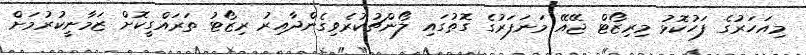
މިއަހަރުގެ ފަހުކޮޅު މިރިޒޯޓް ޖޭއޭ މަނަފަރުގެ ގޮތުގައި ލޯންޗުކުރެވިގެންދާއިރު ރިޒޯޓު ތަރައްގީކޮށް ޒަމާނީކުރުމަށް